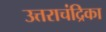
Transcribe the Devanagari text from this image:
उत्तराचंद्रिका